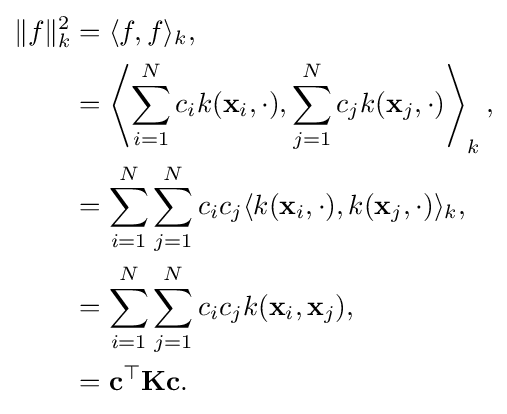
{\begin{aligned}\|f\|_{k}^{2}&=\langle f,f\rangle _{k},\\&=\left\langle \sum _{i=1}^{N}c_{i}k(\mathbf {x} _{i},\cdot ),\sum _{j=1}^{N}c_{j}k(\mathbf {x} _{j},\cdot )\right\rangle _{k},\\&=\sum _{i=1}^{N}\sum _{j=1}^{N}c_{i}c_{j}\langle k(\mathbf {x} _{i},\cdot ),k(\mathbf {x} _{j},\cdot )\rangle _{k},\\&=\sum _{i=1}^{N}\sum _{j=1}^{N}c_{i}c_{j}k(\mathbf {x} _{i},\mathbf {x} _{j}),\\&=\mathbf {c} ^{\top }\mathbf {K} \mathbf {c} .\end{aligned}}